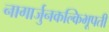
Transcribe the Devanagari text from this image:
नागार्जुनकल्किभूपती